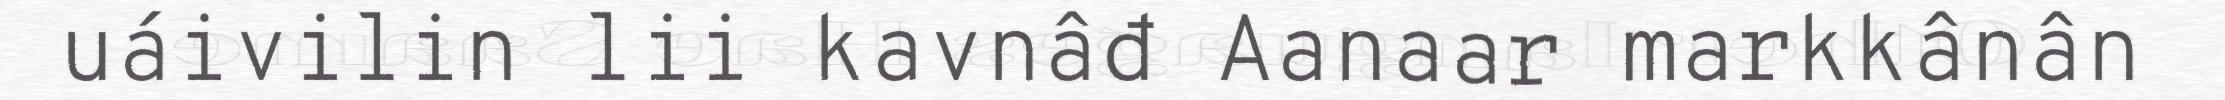
uáivilin lii kavnâđ Aanaar markkânân